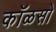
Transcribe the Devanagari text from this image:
कॉळसो